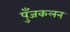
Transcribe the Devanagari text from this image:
पुँजकलन